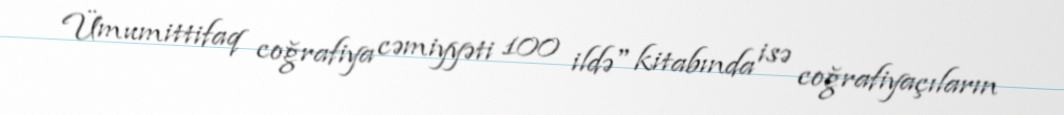
Ümumittifaq coğrafiya cəmiyyəti 100 ildə" kitabında isə coğrafiyaçıların